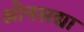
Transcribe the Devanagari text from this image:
ओनसद्या